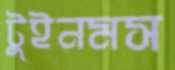
টুইনমস